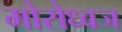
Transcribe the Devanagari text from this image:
मोरोध्‍वज